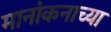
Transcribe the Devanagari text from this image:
मानांकनाच्या